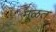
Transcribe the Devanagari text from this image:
मूळत